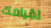
لقيامك